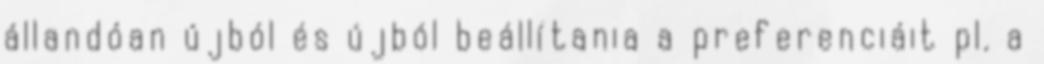
állandóan újból és újból beállítania a preferenciáit pl. a